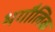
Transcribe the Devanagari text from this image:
भगौलिक